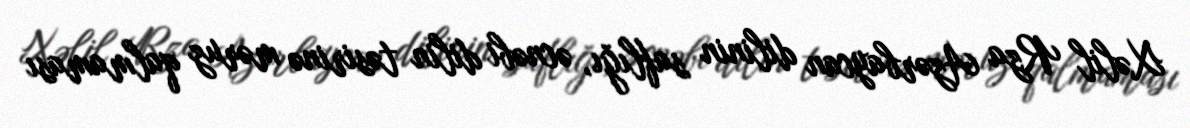
Xəlil Rza Azərbaycan dilinin saflığı, əcnəbi dilin təsirinə məruz qalmaması